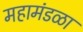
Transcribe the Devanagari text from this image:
महामंडळा